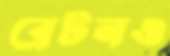
ব্রেটনও